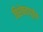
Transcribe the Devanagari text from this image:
विशेषतापूर्वक